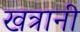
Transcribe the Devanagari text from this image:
खत्रानी